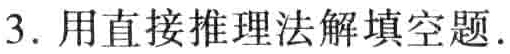
3. 用直接推理法解填空题.